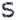
S